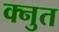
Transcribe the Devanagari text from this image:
क्नुत